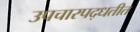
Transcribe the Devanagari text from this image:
उपचारपद्धतीत